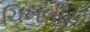
ચિખલીનો